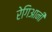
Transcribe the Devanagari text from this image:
रेगिआनी